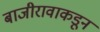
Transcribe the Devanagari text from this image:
बाजीरावाकडून